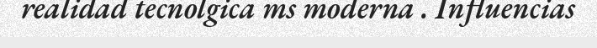
realidad tecnolgica ms moderna . Influencias